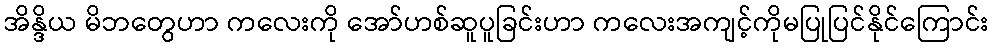
အိန္ဒိယ မိဘတွေဟာ ကလေးကို အော်ဟစ်ဆူပူခြင်းဟာ ကလေးအကျင့်ကိုမပြုပြင်နိုင်ကြောင်း